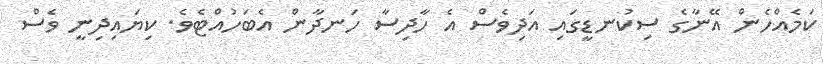
ކަމެއްހެން އޭނާގެ ސިކުނޑީގައި އަދިވެސް އެ ހާދިސާ ހަނދާން އެބަހުއްޓެވެ. ކިޔައިދިނީ ވެސް